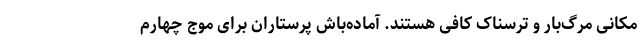
مکانی مرگ‌بار و ترسناک کافی هستند. آماده‌باش پرستاران برای موج چهارم